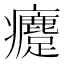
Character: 𤼗